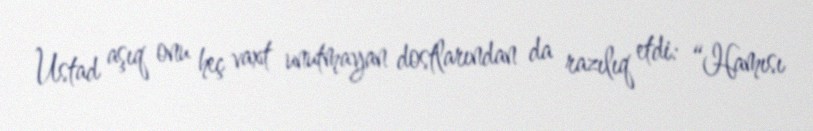
Ustad aşıq onu heç vaxt unutmayan dostlarından da razılıq etdi: “Hamısı